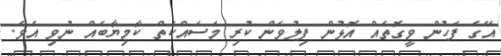
އޭގެ ފަހުން ވީގޮތެއް އޮޅުން ފިލުވަން ކުރި މަސައްކަތް ކާމިޔާބެއް ނުވި އެވެ.